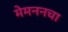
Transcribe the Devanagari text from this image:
मेमननचा